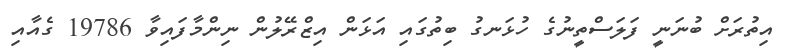
އިތުރަށް ބުނަނީ ފަލަސްތީނުގެ ހުޅަނގު ބިތުގައި އަޅަން އިޒްރޭލުން ނިންމާފައިވާ 19786 ގެއާއި